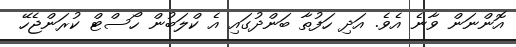
އޮންނަން ވާނެ އެވެ. އަދި ހަފުތާ ބަންދުގައި އެ ކްލަބުން ހޯސްޓް ކުރަންޖެހޭ